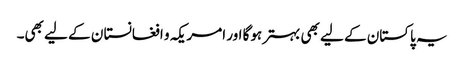
یہ پاکستان کے لیے بھی بہترہوگا اور امریکہ و افغانستا ن کے لیے بھی۔